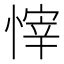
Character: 𢟓